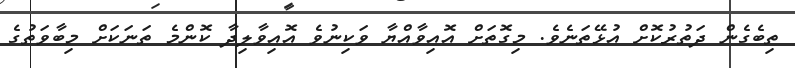
ތިބެގެން ދަތުރުކޮށް އުޅޭތަނެވެ. މިގޮތަށް އޮއިވާއްޔާ ވަކިނުވެ އޮއިވާލިދާ ކޮންމެ ތަނަކަށް މިބާވަތުގެ